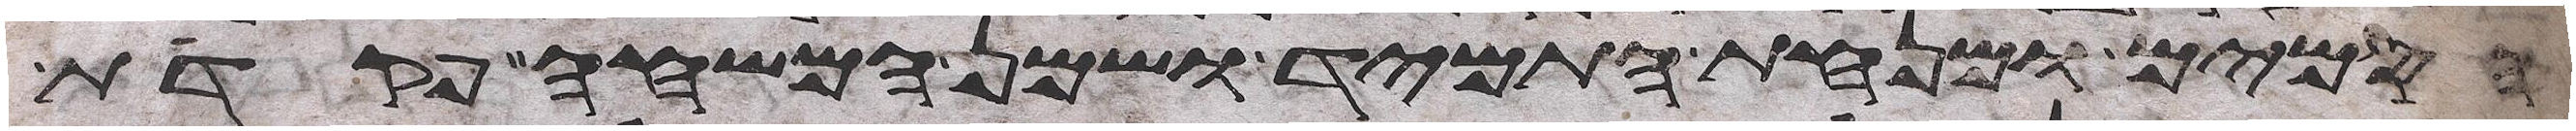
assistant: הסמים ומנחת התמיד ושמן המשחה פקדת